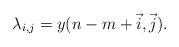
LaTeX: \begin{align*}\lambda_{i,j}=y(n-m+\vec{i},\vec{j}).\end{align*}